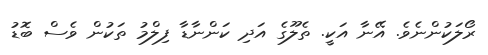
ރޯލަކުންނެވެ. އޭނާ އަކީ. ތެލޫގެ އަދި ކަންނާޑާ ފިލްމު ތަކުން ވެސް ބޮޑު